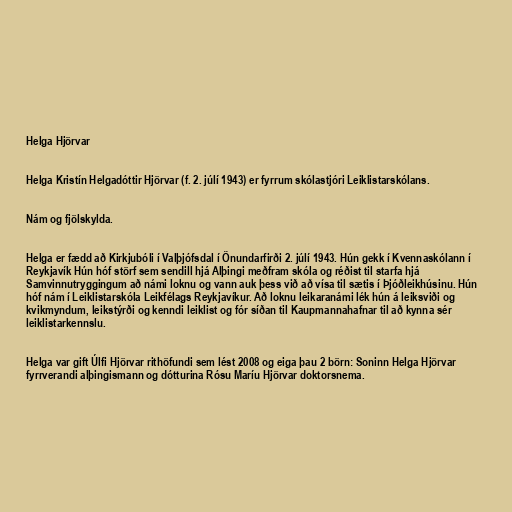
Helga Hjörvar

Helga Kristín Helgadóttir Hjörvar (f. 2. júlí 1943) er fyrrum skólastjóri Leiklistarskólans.

Nám og fjölskylda.

Helga er fædd að Kirkjubóli í Valþjófsdal í Önundarfirði 2. júlí 1943. Hún gekk í Kvennaskólann í
Reykjavík Hún hóf störf sem sendill hjá Alþingi meðfram skóla og réðist til starfa hjá
Samvinnutryggingum að námi loknu og vann auk þess við að vísa til sætis í Þjóðleikhúsinu. Hún
hóf nám í Leiklistarskóla Leikfélags Reykjavíkur. Að loknu leikaranámi lék hún á leiksviði og
kvikmyndum, leikstýrði og kenndi leiklist og fór síðan til Kaupmannahafnar til að kynna sér
leiklistarkennslu.

Helga var gift Úlfi Hjörvar rithöfundi sem lést 2008 og eiga þau 2 börn: Soninn Helga Hjörvar
fyrrverandi alþingismann og dótturina Rósu Maríu Hjörvar doktorsnema.